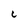
Character: C